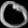
Digit: ၀